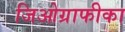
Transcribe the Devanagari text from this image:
जिओग्राफीका